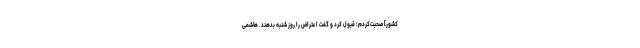
‌کشور] صحبت‌كردم؛ قبول ‌كرد و گفت اعتراض را روز شنبه بدهند. هاشمی